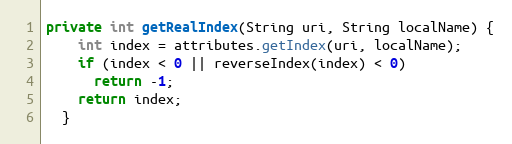
Language: Java
private int getRealIndex(String uri, String localName) {
    int index = attributes.getIndex(uri, localName);
    if (index < 0 || reverseIndex(index) < 0)
      return -1;
    return index;
  }